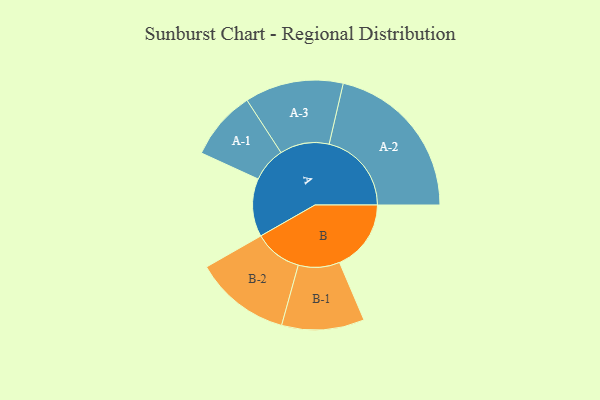
{"axis": {"x": "Segment", "y": "Value"}, "legend": ["", "A", "B"], "data": [{"x": "A", "y": 211, "type": ""}, {"x": "B", "y": 260, "type": ""}, {"x": "A-1", "y": 126, "type": "A"}, {"x": "A-2", "y": 299, "type": "A"}, {"x": "A-3", "y": 179, "type": "A"}, {"x": "B-1", "y": 150, "type": "B"}, {"x": "B-2", "y": 174, "type": "B"}]}